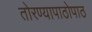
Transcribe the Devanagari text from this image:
तोरण्यापाठोपाठ